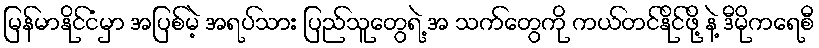
မြန်မာနိုင်ငံမှာ အပြစ်မဲ့ အရပ်သား ပြည်သူတွေရဲ့ အ သက်တွေကို ကယ်တင်နိုင်ဖို့ နဲ့ ဒီမိုကရေစီ